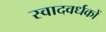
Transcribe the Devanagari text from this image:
स्वादवर्धकों